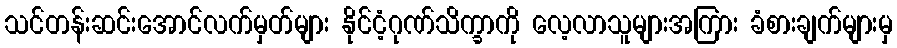
သင်တန်းဆင်းအောင်လက်မှတ်များ နိုင်ငံ့ဂုဏ်သိက္ခာကို လေ့လာသူများအကြား ခံစားချက်များမှ